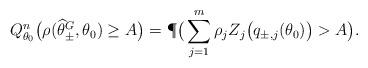
LaTeX: \begin{align*}Q_{\theta_0}^n \big(\rho(\widehat \theta_\pm^G, \theta_0) \geq A \big)= \P\big( \sum_{j=1}^m \rho_j Z_j\big(q_{\pm, j} (\theta_0)\big) > A\big).\end{align*}